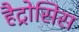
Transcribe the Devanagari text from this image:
हैट्रोसिस